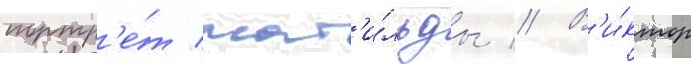
портр'е́т мат'и́льды // В'и́ктор